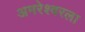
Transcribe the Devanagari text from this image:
अमरेश्वरला